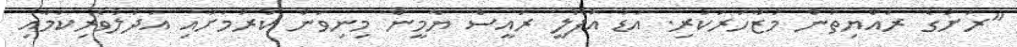
"ރަށުގެ ރައްޔިތުން މުޒާހަރަކުރި. އަޑު އުފުލީ ރައީސް ޔާމީން މިނިވަން ކުރުމަށާއި އަދުލުވެރިކަމާއި